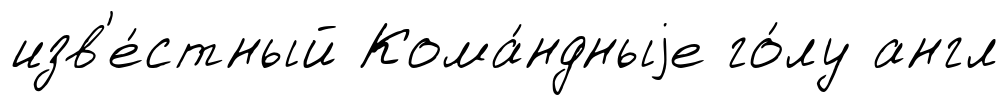
изв'е́стный Кома́ндныjе го́лу англ